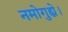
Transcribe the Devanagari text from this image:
नमोगुह्ये।